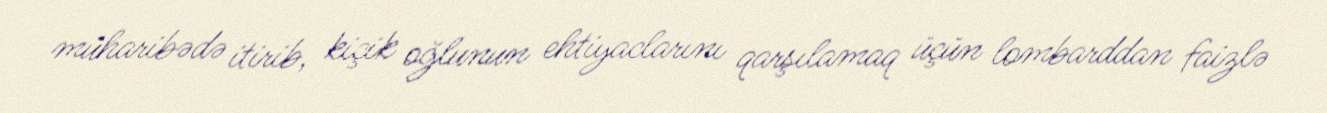
müharibədə itirib, kiçik oğlunun ehtiyaclarını qarşılamaq üçün lombarddan faizlə